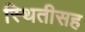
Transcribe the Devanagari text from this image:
स्थितीसह